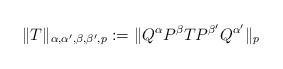
LaTeX: \begin{align*}\|T\|_{\alpha,\alpha',\beta,\beta',p}:=\|Q^\alpha P^\beta T P^{\beta'}Q^{\alpha'}\|_p\end{align*}